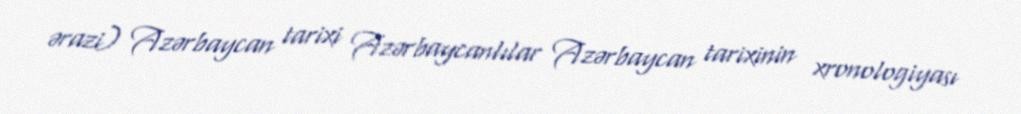
ərazi) Azərbaycan tarixi Azərbaycanlılar Azərbaycan tarixinin xronologiyası